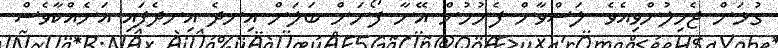
ގުޅަން ޖެހިލުންވިއެވެ. ލަސްވާން ފެށުމުން އޭނާ ފޯނަށް ބަލަން އިނދެ އިނދެފައި އަނެއްކާވެސް